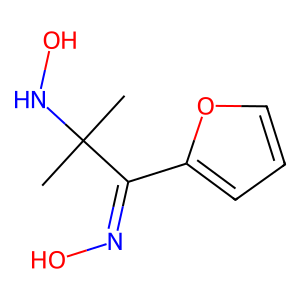
SMILES: CC(C)(NO)C(=NO)c1ccco1
Inhibits HIV replication: No